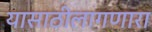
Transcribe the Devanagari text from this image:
यासाठीलागणारा